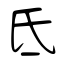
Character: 氐